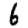
Digit: 6